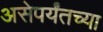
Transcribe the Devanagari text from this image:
असेपर्यंतच्या